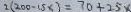
2 ( 2 0 0 - 1 5 \times 3 = 3 0 \div 2 5 x